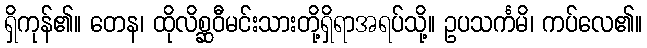
ရှိကုန်၏။ တေန၊ ထိုလိစ္ဆဝီမင်းသားတို့ရှိရာအရပ်သို့။ ဥပသင်္ကမိ၊ ကပ်လေ၏။